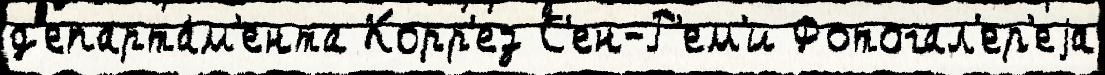
д'епарта́м'ента Корр'ез С'ен-Р'ем'и Фотогал'ер'еjа